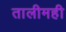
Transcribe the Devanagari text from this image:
तालीमही